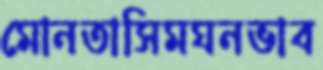
মোনতাসিমঘনভাব